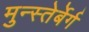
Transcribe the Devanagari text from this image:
मुन्स्तेर्बेर्ग